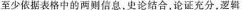
至少依据表格中的两则信息，史论结合，论证充分，逻辑